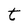
Character: t